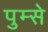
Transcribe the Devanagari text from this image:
पुम्से